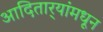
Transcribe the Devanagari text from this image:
आदितार्‍यांमधून